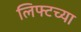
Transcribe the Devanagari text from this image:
लिफ्टच्या